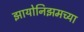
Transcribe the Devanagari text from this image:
झायोनिझमच्या